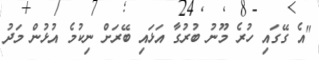
"އެ ގޭގައި ހުރެ މޫނު ބުރުގާ އަޅައި ބޭރަށް ނިކުމެ އުޅުން މަދު